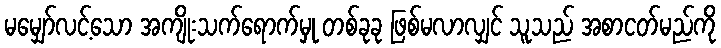
မမျှော်လင့်သော အကျိုးသက်ရောက်မှု တစ်ခုခု ဖြစ်မလာလျှင် သူသည် အစာငတ်မည်ကို